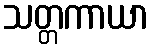
သတ္တကာယာ